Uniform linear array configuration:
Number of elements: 12
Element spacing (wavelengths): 0.25
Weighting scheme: binomial
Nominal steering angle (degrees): -30
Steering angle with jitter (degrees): -31.041
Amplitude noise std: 0.05
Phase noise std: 0.05

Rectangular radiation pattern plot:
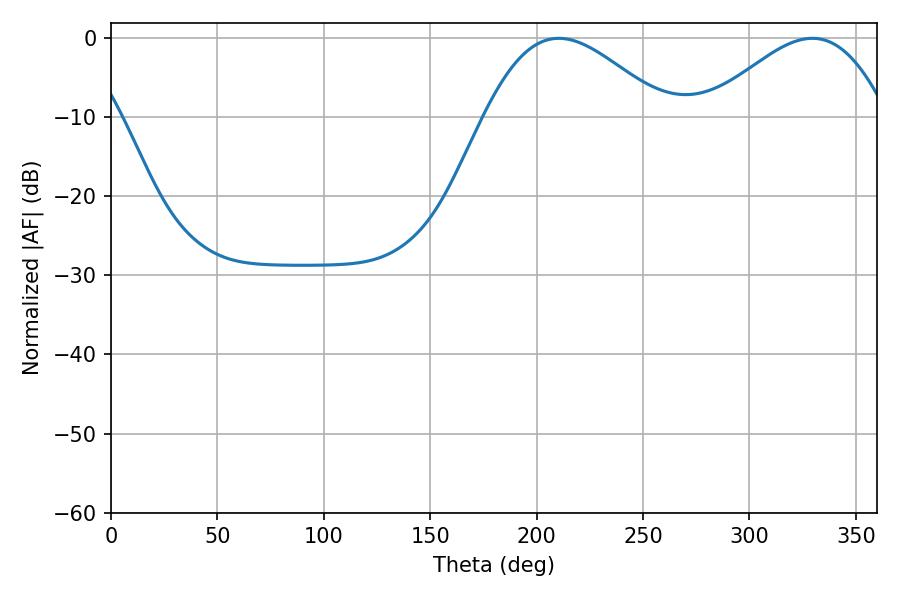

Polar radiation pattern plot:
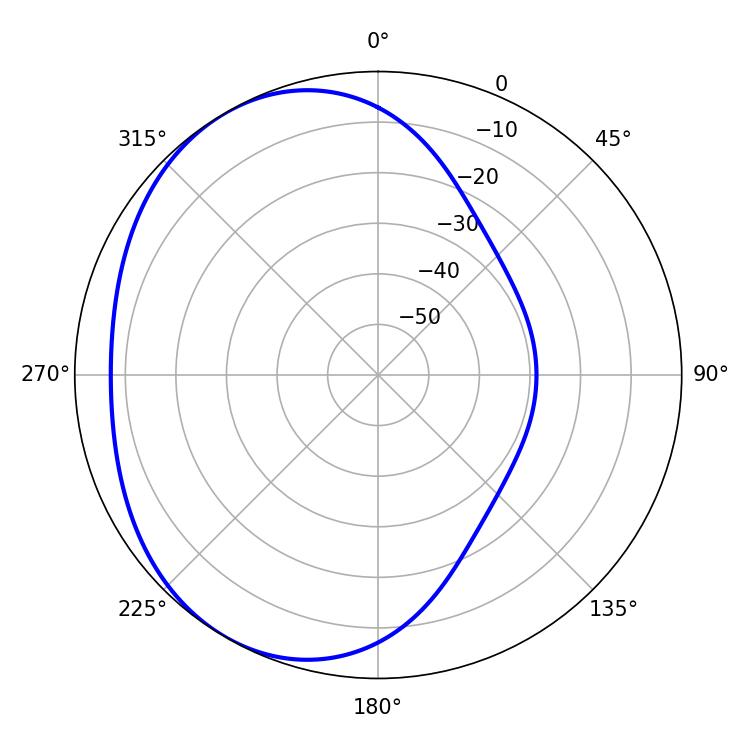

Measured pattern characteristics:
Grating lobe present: FALSE
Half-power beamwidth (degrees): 45.36
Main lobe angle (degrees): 210.42